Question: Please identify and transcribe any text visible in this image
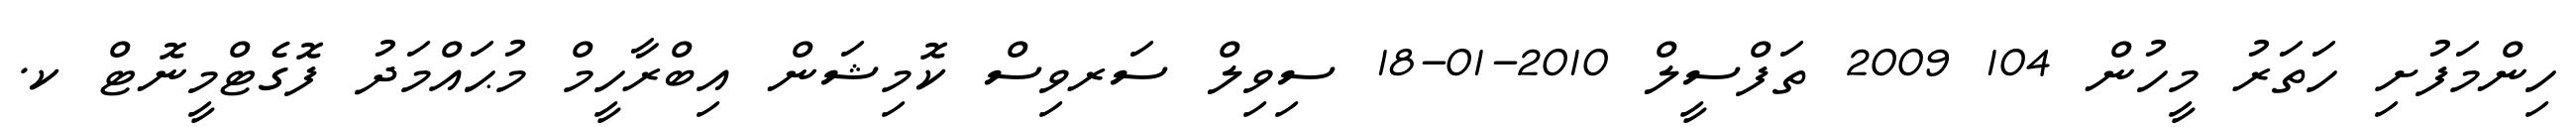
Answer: ހިންމަފުށި ހަތަރު މީހުން 104 2009 ތަފްސީލް 2010-01-18 ސިވިލް ސަރވިސް ކޮމިޝަން އިބްރާހީމް މުޙައްމަދު ފޮގެޓްމީނޮޓް ކ.